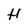
Character: H